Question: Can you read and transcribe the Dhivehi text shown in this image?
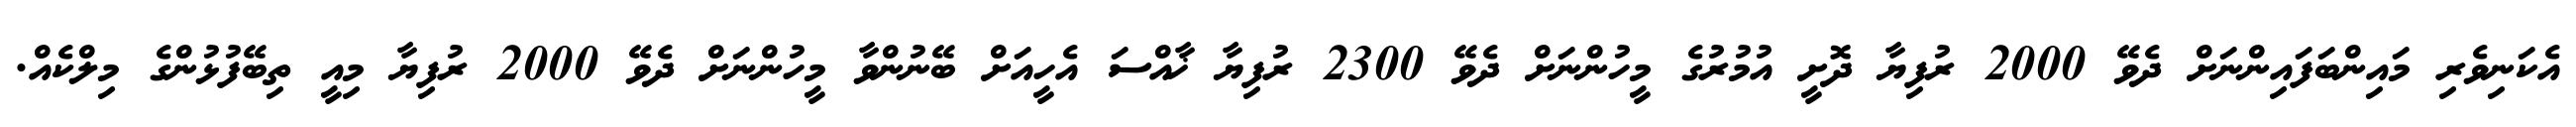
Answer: އެކަނިވެރި މައިންބަފައިންނަށް ދެވޭ 2000 ރުފިޔާ ދޮށީ އުމުރުގެ މީހުންނަށް ދެވޭ 2300 ރުފިޔާ ޚާއްސަ އެހީއަށް ބޭނުންވާ މީހުންނަށް ދެވޭ 2000 ރުފިޔާ މިއީ ތިބޭފުޅުންގެ މިލްކެއް.